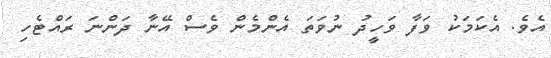
އެވެ. އެކަމަކު ވަފާ ވަހީދު ނުވަތަ އެންމެން ވެސް އޭނާ ދަންނަ ރައްޓެހި